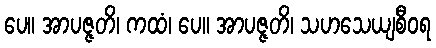
ပေ။ အာပဇ္ဇတိ၊ ကထံ၊ ပေ။ အာပဇ္ဇတိ၊ သဟသေယျစီဝရ